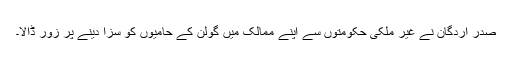
صدر اردگان نے غیر ملکی حکومتوں سے اپنے ممالک میں گولن کے حامیوں کو سزا دینے پر زور ڈالا۔